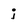
Character: i